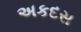
અકદસ